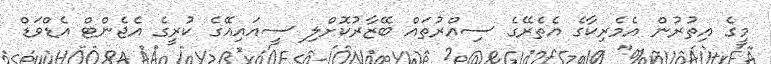
މީގެ އިތުރުން އެމެރިކާގެ އެތެރޭގެ ސިއްރުތައް ބޭޒާރުކޮށްލި ސީއައިއޭގެ ކުރީގެ އެޖެންޓް އެޑްވަޑް